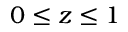
0 \le z \le 1